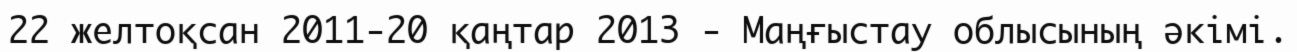
22 желтоқсан 2011-20 қаңтар 2013 - Маңғыстау облысының әкімі.